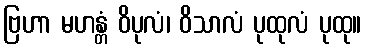
ဗြဟာ မဟန္တံ ဝိပုလံ၊ ဝိသာလံ ပုထုလံ ပုထု။